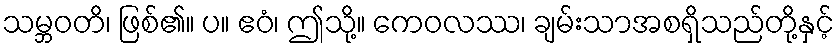
သမ္ဘဝတိ၊ ဖြစ်၏။ ပ။ ဧဝံ၊ ဤသို့။ ကေဝလဿ၊ ချမ်းသာအစရှိသည်တို့နှင့်